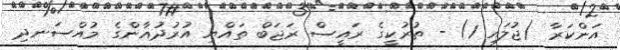
އަންކަރާ (ޖުލައި 1) - ތުރުކީގެ ރައީސް ރަޖަބް ތައްޔި އުރުދުޣާންގެ މުއްސަނދި